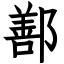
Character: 鄯